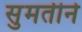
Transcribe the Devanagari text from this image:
सुमतीने